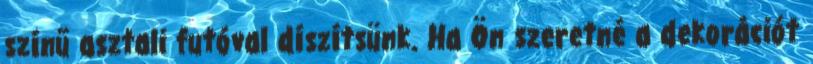
színű asztali futóval díszítsünk. Ha Ön szeretné a dekorációt